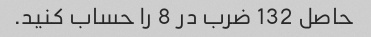
حاصل 132 ضرب در 8 را حساب کنید.